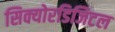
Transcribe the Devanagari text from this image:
सिक्योरडिजिटल